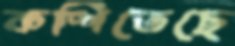
কশিতেছে